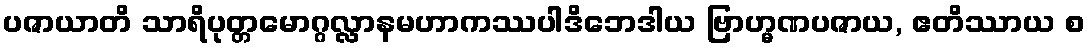
ပဇာယာတိ သာရိပုတ္တမောဂ္ဂလ္လာနမဟာကဿပါဒိဘေဒါယ ဗြာဟ္မဏပဇာယ, ဧတိဿာယ စ